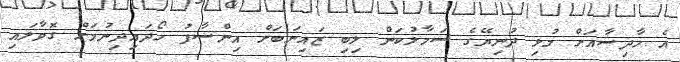
އެ ހާދިސާއަށް މުޅި ދުނިޔޭގެ ސަމާލުކަން ލިބި ޒައިނަބަށް އިންސާފު ހޯދައިދިނުމަށް ގޮވާލައި